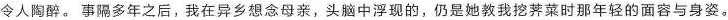
令人陶醉。事隔多年之后，我在异乡想念母亲，头脑中浮现的，仍是她教我挖荠菜时那年轻的面容与身姿。